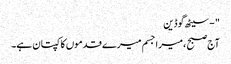
" - سیٹھ گوڈین
آج صبح ، میرا جسم میرے قدموں کا کپتان ہے۔